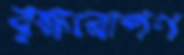
বৃক্ষরোপণ